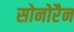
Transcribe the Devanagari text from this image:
सोनोरैन